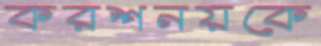
করশনয়কে